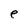
Character: e